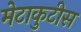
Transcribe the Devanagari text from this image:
मेटाकुटीस